Leaving Certificate Examination (including Day School Certificate (Higher) General paper), 1938
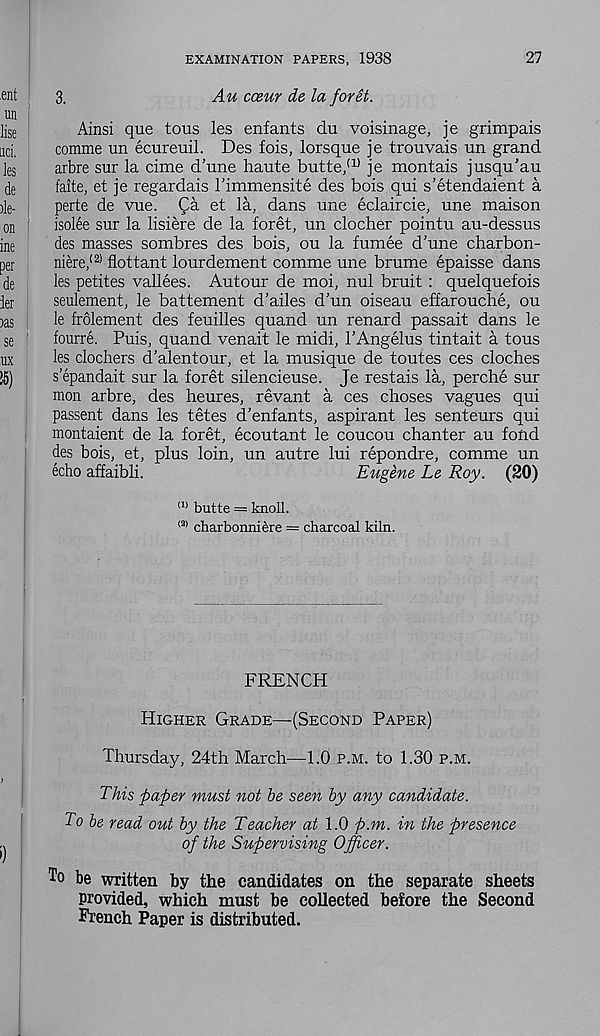
EXAMINATION PAPERS, 1938
27
3.
Au cceur de la for it.
Ainsi que tons les enfants du voisinage, je grimpais
comme un ecureuil. Des fois, lorsque je trouvais un grand
arbre sur la cime d’une haute butte/ 1 ' je montais jusqu’au
faite, et je regardais rimmensite des bois qui s’etendaient a
perte de vue. (/a et la, dans une eclaircie, une maison
isolee sur la lisiere de la foret, un clocher pointu au-dessus
des masses sombres des bois, ou la fumee d'une charbon-
niere/ 2 ' flottant lour dement comme une brume epaisse dans
les petites vallees. Autour de moi, nul bruit : quelquefois
seulement, le battement d’ailes d’un oiseau effarouche, ou
le frolement des feuilles quand un renard passait dans le
fourre. Puis, quand venait le midi, 1’Angelus tintait a tous
les clochers d’alentour, et la musique de toutes ces cloches
s epandait sur la foret silencieuse. Je restais la, perche sur
mon arbre, des heures, revant a ces choses vagues qui
passent dans les tetes d’enfants, aspirant les senteurs qui
montaient de la foret, ecoutant le coucou chanter au fond
des bois, et, plus loin, un autre lui repondre, comme un
echo affaibli.
Eugene Le Roy. (20)
!1) butte = knoll.
(2) charbonniere = charcoal kiln.
FRENCH
HIGHER GRADE—(SECOND PAPER)
Thursday, 24th March—1.0 P.M. to 1.30 P.M.
This paper must not he seen by any candidate.
To be read out by the Teacher at 1.0 p.m. in the presence
of the Supervising Officer.
To be written by the candidates on the separate sheets
provided, which must be collected before the Second
French Paper is distributed.